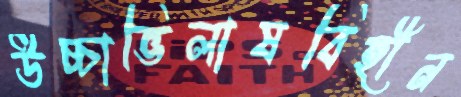
উচ্চাভিলাষবিহীন